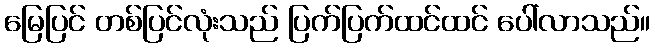
မြေပြင် တစ်ပြင်လုံးသည် ပြက်ပြက်ထင်ထင် ပေါ်လာသည်။